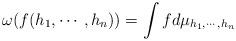
LaTeX: \begin{align*}\omega (f(h_1,\cdots, h_n))=\int f d\mu_{h_1,\cdots,h_n}\end{align*}